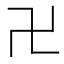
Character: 卍